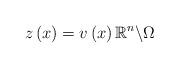
LaTeX: \begin{align*}z\left( x\right) =v\left( x\right) \mathbb{R}^{n}\backslash\Omega\end{align*}